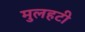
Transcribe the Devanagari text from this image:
मुलहटी